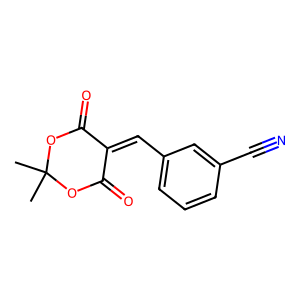
SMILES: CC1(C)OC(=O)C(=Cc2cccc(C#N)c2)C(=O)O1
Inhibits HIV replication: No